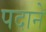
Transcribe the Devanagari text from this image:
पदाने